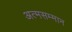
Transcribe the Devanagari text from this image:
अत्मसम्मान